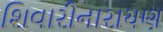
શિવારીનારાયણ